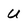
Character: U